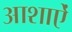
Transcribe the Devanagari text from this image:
आशाऐं